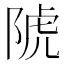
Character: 䖎